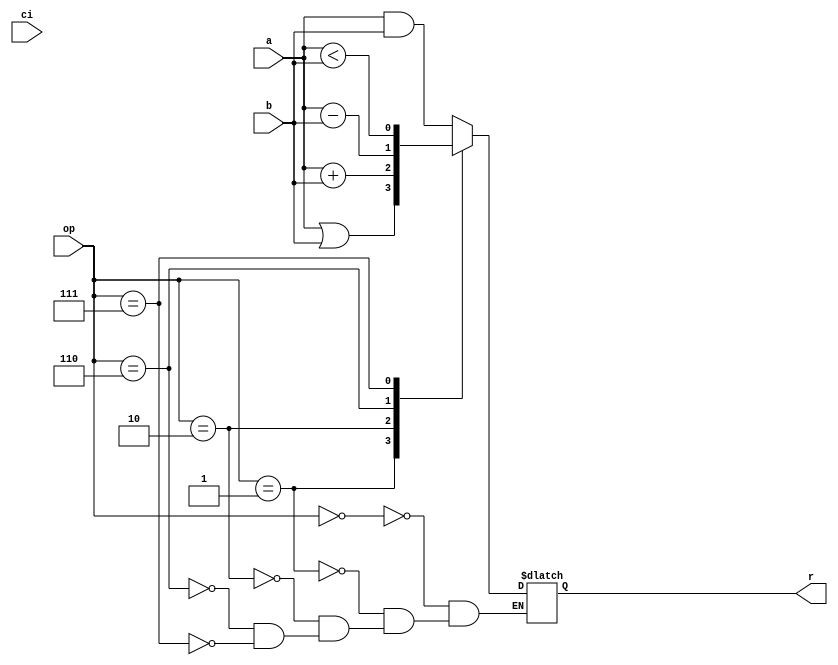
`timescale 1ns / 1ps
//////////////////////////////////////////////////////////////////////////////////
// Company: 
// Engineer: 
// 
// Design Name: 
// Module Name:    ALU1b 
// Project Name: 
// Target Devices: 
// Tool versions: 
// Description: 
//
// Dependencies: 
//
// Revision: 
// Revision 0.01 - File Created
// Additional Comments: 
//
//////////////////////////////////////////////////////////////////////////////////
module ALU1b(a,b,ci,op,r);
	input a;
	input b;
	input ci;
	input [2:0] op;
	output reg r;
	initial begin
		case(op)
			3'b000: r=a&b;//and
			3'b001: r=a|b;//or
			3'b010: r=a+b;//add
			3'b110: r=a-b;//subtract
			3'b111: r=a<b;//set less than
			default: $display("fail");//remove later
		endcase
	end
endmodule